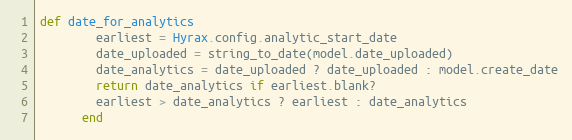
Language: Ruby
def date_for_analytics
        earliest = Hyrax.config.analytic_start_date
        date_uploaded = string_to_date(model.date_uploaded)
        date_analytics = date_uploaded ? date_uploaded : model.create_date
        return date_analytics if earliest.blank?
        earliest > date_analytics ? earliest : date_analytics
      end